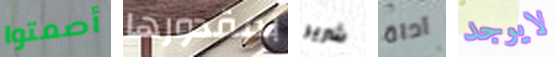
أصمتوا بمقدورها شرير آداة لايوجد